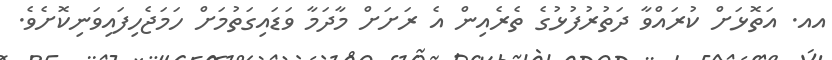
އއ. އަތޮޅަށް ކުރައްވާ ދަތުރުފުޅުގެ ތެރެއިން އެ ރަށަށް މާދަމާ ވަޑައިގަތުމަށް ހަމަޖެހިފައިވަނިކޮށެވެ.